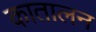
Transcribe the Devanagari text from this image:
कातालन